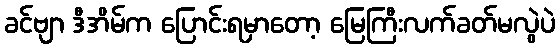
ခင်ဗျာ ဒီအိမ်က ပြောင်းရမှာတော့ မြေကြီးလက်ခတ်မလွဲပဲ